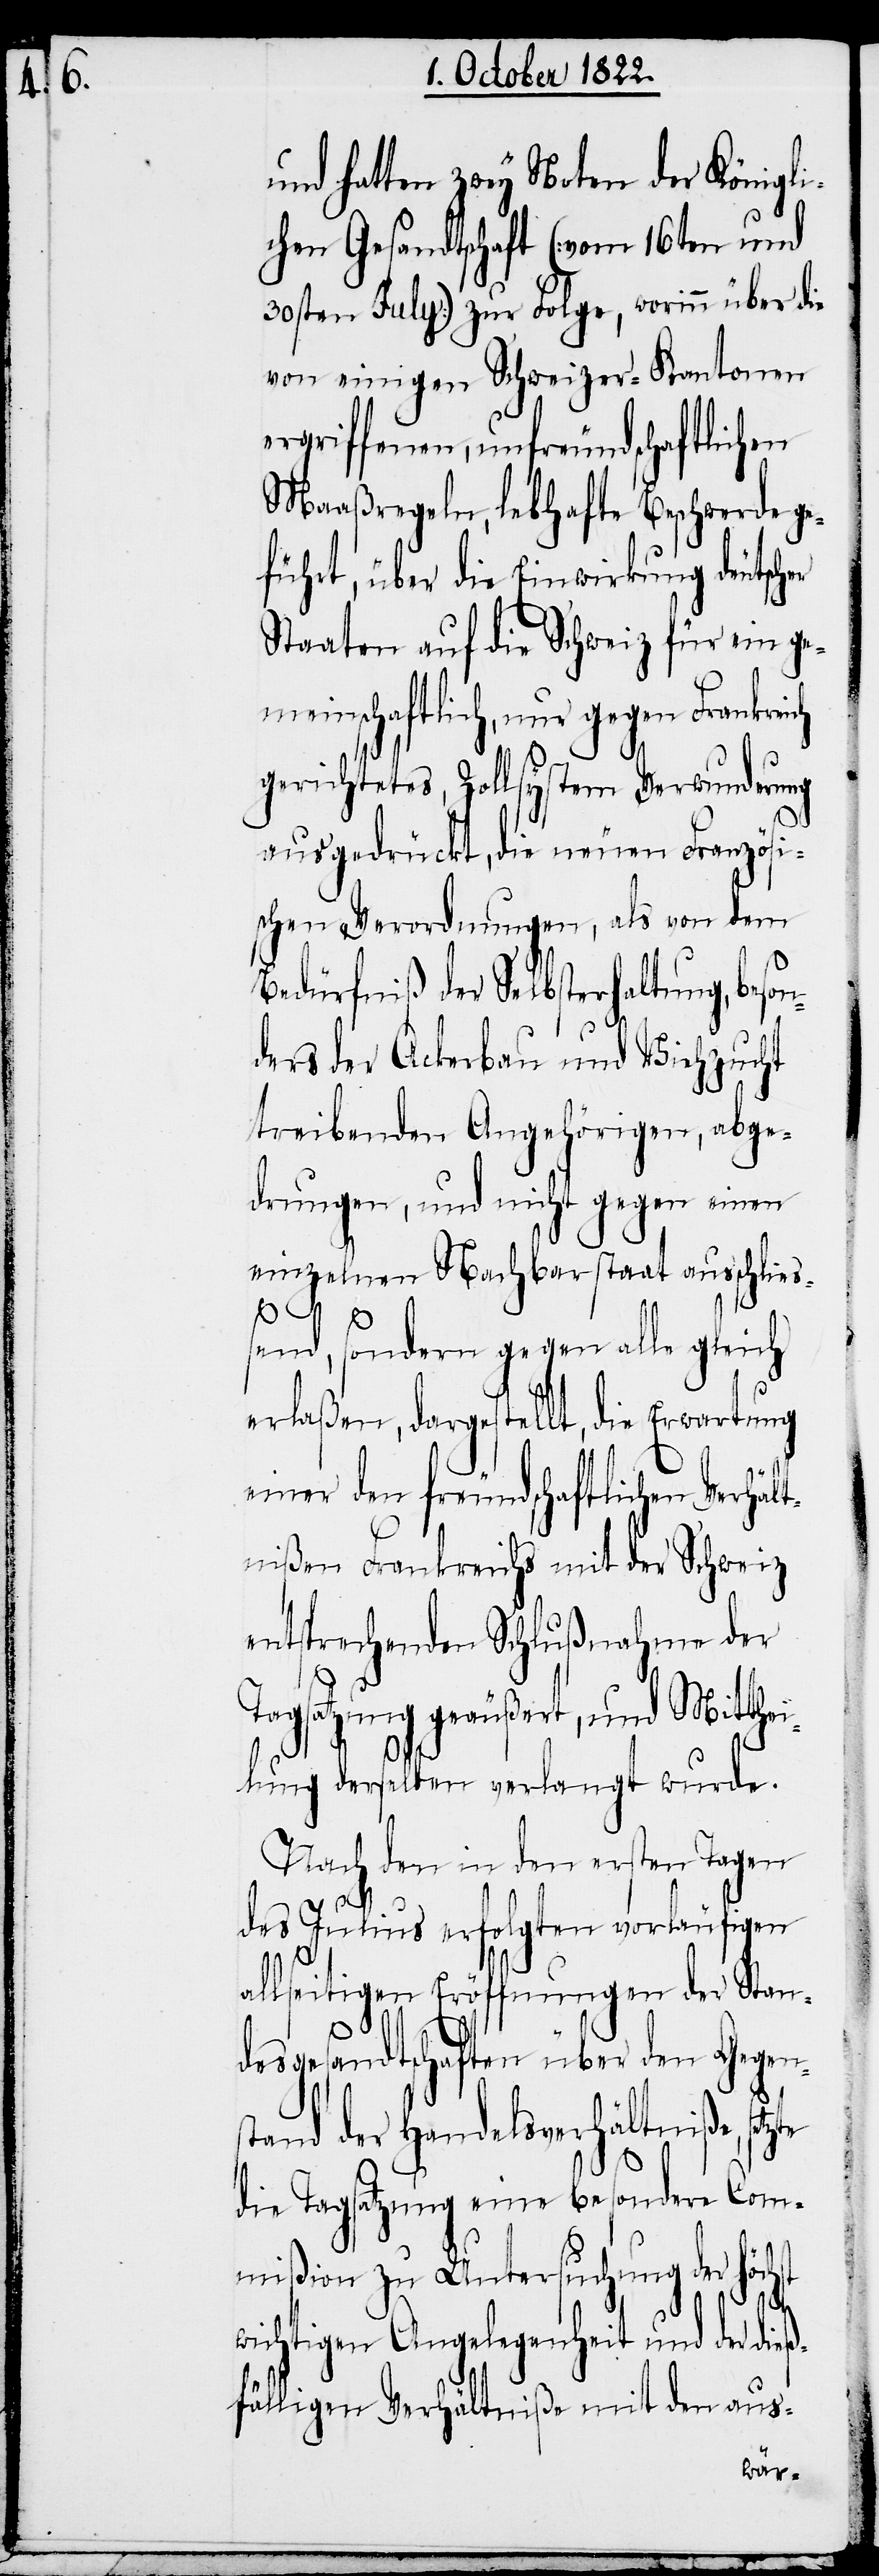
und hatten zwey Noten der Königli¬
chen Gesandtschaft (vom 16ten und
30sten July) zur Folge, worin über die
von einigen Schweizer-Kantonen
ergriffenen, unfreundschaftlichen
Maaßregeln, lebhafte Beschwerde ge¬
führt, über die Einwirkung deutscher
Staaten auf die Schweiz für ein ge¬
meinschaftlich, nur gegen Frankr¬
gerichtetes, Zollsystem Verwunderung
ausgedrückt, die neuen Französi¬
schen Verordnungen, als von dem
Bedürfniß der Selbsterhaltung, be¬
ders der Ackerbau und Viehzucht
treibenden Angehörigen, abge¬
drungen, und nicht gegen einen
einzelnen Nachbarstaat ausschlie¬
son¬
ßend, sondern gegen alle gleich
erlaßen, dargestellt, die Erwartung
einer den freundschaftlichen Verhält¬
nißen Frankreichs mit der Schweiz
entsprechenden Schlußnahme der
Tagsatzung geäußert, und Mitthei¬
lung derselben verlangt wurde.
Nach den in den ersten Tagen
des Julius erfolgten vorläufigen
allseitigen Eröffnungen der Stan¬
desgesandtschaften über den Gegens¬
tand der Handelsverhältniße,
die Tagsatzung eine besondere Com¬
mißion zu Untersuchung der höchst
wichtigen Angelegenheit und der dieß¬
fälligen Verhältniße mit den aus-